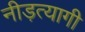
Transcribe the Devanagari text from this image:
नीड़त्यागी